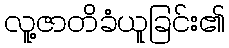
လူ့ဇာတိခံယူခြင်း၏